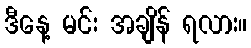
ဒီနေ့ မင်း အချိန် ရလား။